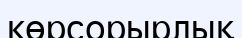
көрсорырлық